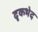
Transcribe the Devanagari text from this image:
दृकभेद